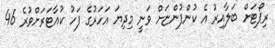
ރިޕޯޓަށް ބަލާއިރު އެ ކުންފުންޏަށް ވަނީ މިދިޔަ އަހަރުގެ ފަހު ކުއާޓަރަށްވުރެ 46